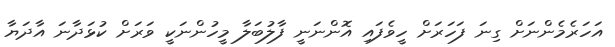
އަހަރެމެންނަށް ގިނަ ފަހަރަށް ހީވެފައި އޮންނަނީ ފާލުބަލާ މީހުންނަކީ ވަރަށް ކުޅަދާނަ އާދަޔާ